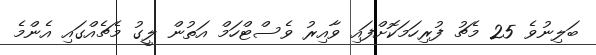
ބަލިނުވެ 25 މެޗު ފުރިހަމަކޮށްފައި ވާއިރު ވެސްޓްހަމް އަތުން ލީގު މެޗެއްގައި އެންމެ